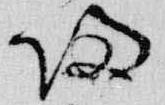
帰